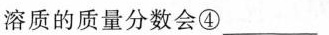
溶质的质量分数会④___